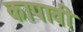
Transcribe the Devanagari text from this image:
कापावी